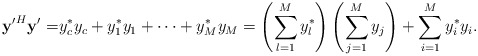
\begin{align*} \mathbf{y'}^H\mathbf{y}'=&y_c^* y_c+y_1^*y_1+\cdots+y_M^*y_M=\left(\sum_{l=1}^M y_l^*\right)\left(\sum_{j=1}^M y_j\right)+\sum_{i=1}^M y_i^*y_i.\end{align*}